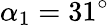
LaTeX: \alpha_{1}=31^{\circ}